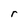
Character: r